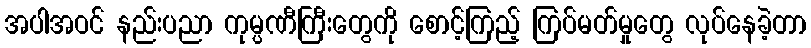
အပါအဝင် နည်းပညာ ကုမ္ပဏီကြီးတွေကို စောင့်ကြည့် ကြပ်မတ်မှုတွေ လုပ်နေခဲ့တာ